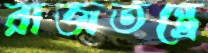
রাজতন্ত্রে